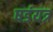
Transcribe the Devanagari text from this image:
षडंयत्र